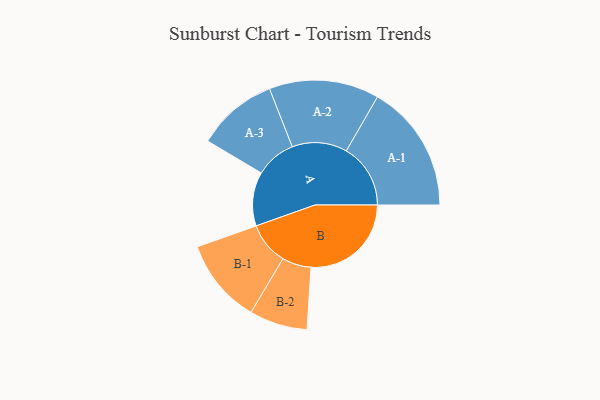
{"axis": {"x": "Segment", "y": "Value"}, "legend": ["", "A", "B"], "data": [{"x": "A", "y": 193, "type": ""}, {"x": "B", "y": 359, "type": ""}, {"x": "A-1", "y": 230, "type": "A"}, {"x": "A-2", "y": 197, "type": "A"}, {"x": "A-3", "y": 145, "type": "A"}, {"x": "B-1", "y": 152, "type": "B"}, {"x": "B-2", "y": 104, "type": "B"}]}